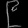
Digit: ၉